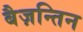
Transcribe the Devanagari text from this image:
बैज़न्तिन